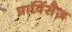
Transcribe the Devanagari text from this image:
प्राविंसेज़